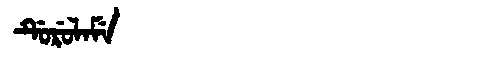
Manchu: ᡩᡠᡵᡠᠯᠠᠮᡝ
Romanization: DURULAME